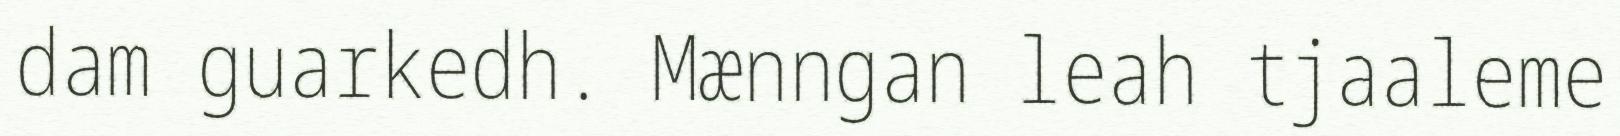
dam guarkedh. Mænngan leah tjaaleme